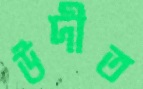
উদীত